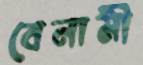
বেনামী